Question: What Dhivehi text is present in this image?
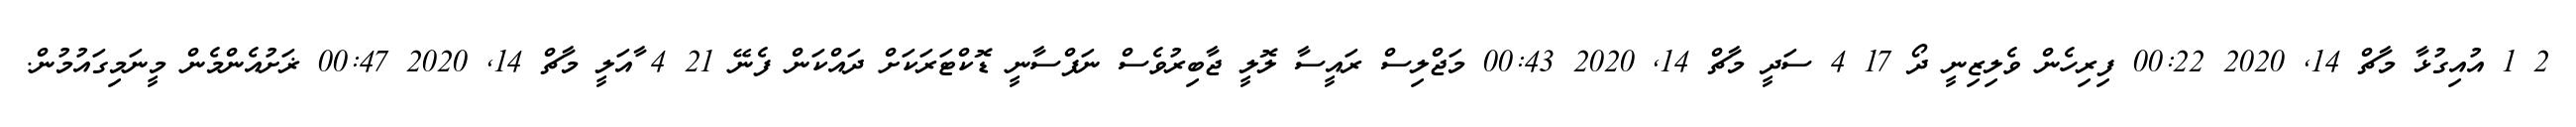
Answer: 2 1 އުއިގުޅާ މާޗް 14, 2020 00:22 ފިރިހެން ވެލިޒިނީ ދޯ 17 4 ސަދީ މާޗް 14, 2020 00:43 މަޖްލިސް ރައީސާ ލޮލީ ޖާބިރުވެސް ނަފްސާނީ ޑޮކްޓަރަކަށް ދައްކަން ފެނޭ 21 4 ާއަލީ މާޗް 14, 2020 00:47 ޜަށުއެންމެން މީނަމިގައުމުން.